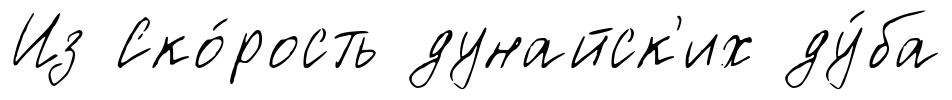
Из Ско́рость дунайск'их ду́ба